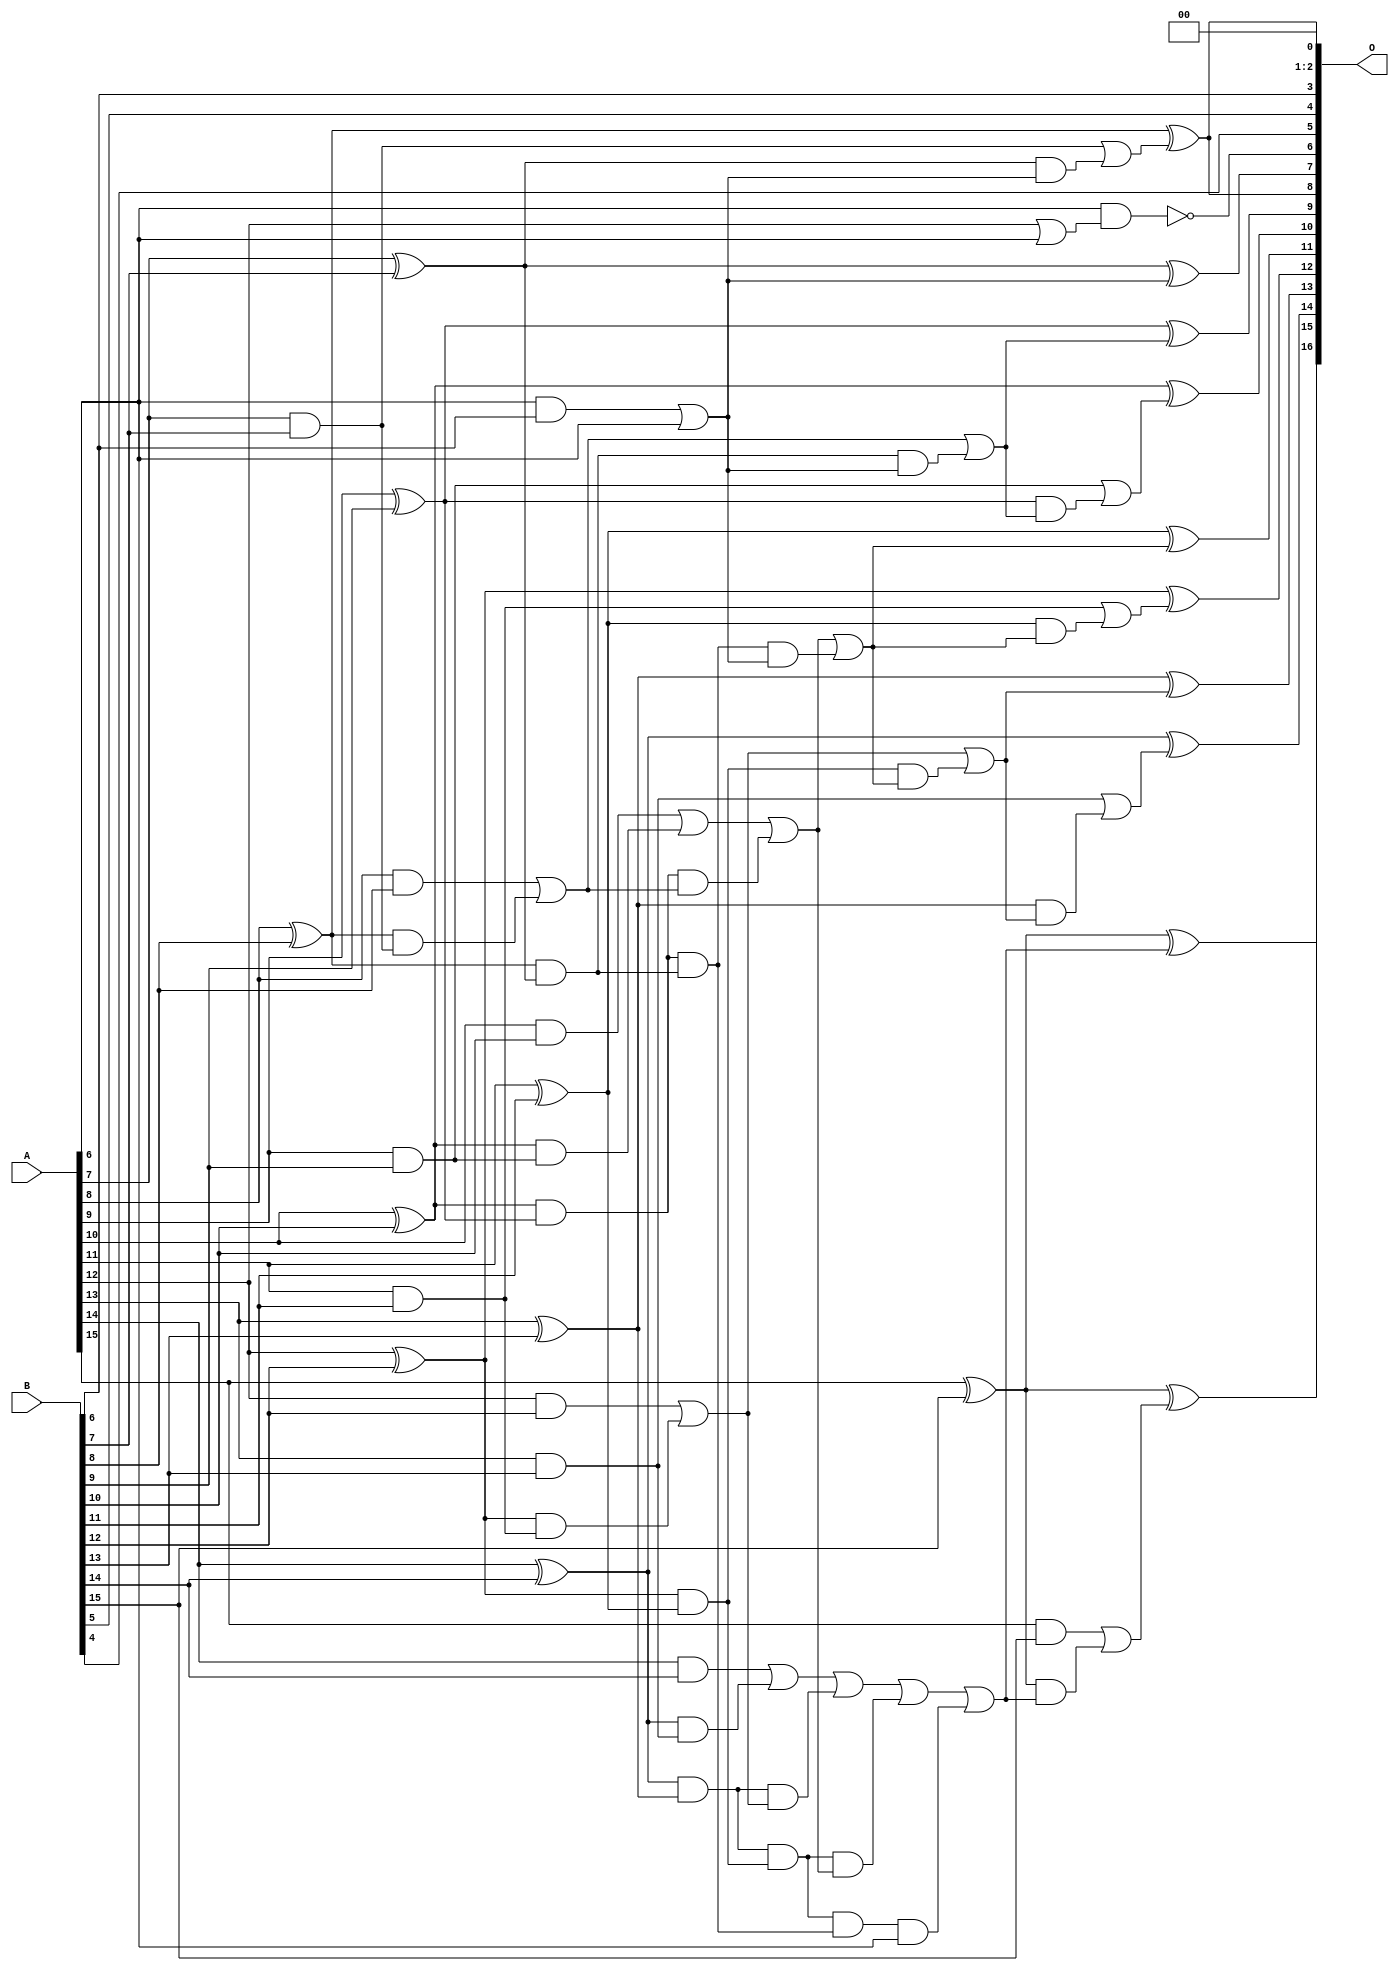
/***
* This code is a part of EvoApproxLib library (ehw.fit.vutbr.cz/approxlib) distributed under The MIT License.
* When used, please cite the following article(s): V. Mrazek, L. Sekanina, Z. Vasicek "Libraries of Approximate Circuits: Automated Design and Application in CNN Accelerators" IEEE Journal on Emerging and Selected Topics in Circuits and Systems, Vol 10, No 4, 2020 
* This file contains a circuit from a sub-set of pareto optimal circuits with respect to the pwr and wce parameters
***/
// MAE% = 0.046 %
// MAE = 30 
// WCE% = 0.13 %
// WCE = 86 
// WCRE% = 6300.00 %
// EP% = 99.02 %
// MRE% = 0.96 %
// MSE = 1281 
// PDK45_PWR = 0.043 mW
// PDK45_AREA = 85.9 um2
// PDK45_DELAY = 0.76 ns

module add16se_2AS (
    A,
    B,
    O
);

input [15:0] A;
input [15:0] B;
output [16:0] O;

wire sig_44,sig_46,sig_47,sig_48,sig_49,sig_50,sig_51,sig_52,sig_53,sig_54,sig_55,sig_56,sig_57,sig_58,sig_59,sig_60,sig_61,sig_62,sig_63,sig_64;
wire sig_74,sig_75,sig_76,sig_77,sig_78,sig_79,sig_80,sig_81,sig_82,sig_83,sig_84,sig_85,sig_90,sig_91,sig_92,sig_93,sig_94,sig_95,sig_96,sig_99;
wire sig_100,sig_101,sig_102,sig_103,sig_104,sig_105,sig_108,sig_109,sig_110,sig_111,sig_117,sig_118,sig_119,sig_120,sig_121,sig_122,sig_123,sig_124,sig_125,sig_126;
wire sig_127,sig_133,sig_134,sig_135,sig_136,sig_137,sig_138,sig_139,sig_140,sig_141,sig_142,sig_143;

assign sig_44 = A[6] & B[6];
assign sig_46 = A[7] & B[7];
assign sig_47 = A[7] ^ B[7];
assign sig_48 = A[8] & B[8];
assign sig_49 = A[8] ^ B[8];
assign sig_50 = A[9] & B[9];
assign sig_51 = A[9] ^ B[9];
assign sig_52 = A[10] & B[10];
assign sig_53 = A[10] ^ B[10];
assign sig_54 = A[11] & B[11];
assign sig_55 = A[11] ^ B[11];
assign sig_56 = A[12] & B[12];
assign sig_57 = A[12] ^ B[12];
assign sig_58 = A[13] & B[13];
assign sig_59 = A[13] ^ B[13];
assign sig_60 = A[14] & B[14];
assign sig_61 = A[14] ^ B[14];
assign sig_62 = A[15] & B[15];
assign sig_63 = A[15] ^ B[15];
assign sig_64 = A[15] ^ B[15];
assign sig_74 = sig_49 & sig_46;
assign sig_75 = sig_49 & sig_47;
assign sig_76 = sig_48 | sig_74;
assign sig_77 = sig_53 & sig_50;
assign sig_78 = sig_53 & sig_51;
assign sig_79 = sig_52 | sig_77;
assign sig_80 = sig_57 & sig_54;
assign sig_81 = sig_57 & sig_55;
assign sig_82 = sig_56 | sig_80;
assign sig_83 = sig_61 & sig_58;
assign sig_84 = sig_61 & sig_59;
assign sig_85 = sig_60 | sig_83;
assign sig_90 = sig_44 | A[6];
assign sig_91 = sig_78 & sig_76;
assign sig_92 = sig_78 & sig_75;
assign sig_93 = sig_79 | sig_91;
assign sig_94 = sig_84 & sig_82;
assign sig_95 = sig_84 & sig_81;
assign sig_96 = sig_85 | sig_94;
assign sig_99 = sig_95 & sig_93;
assign sig_100 = sig_95 & sig_92;
assign sig_101 = sig_96 | sig_99;
assign sig_102 = sig_100 & A[6];
assign sig_103 = sig_101 | sig_102;
assign sig_104 = sig_92 & sig_90;
assign sig_105 = sig_93 | sig_104;
assign sig_108 = sig_75 & sig_90;
assign sig_109 = sig_76 | sig_108;
assign sig_110 = sig_81 & sig_105;
assign sig_111 = sig_82 | sig_110;
assign sig_117 = A[12] | A[6];
assign sig_118 = sig_47 & sig_90;
assign sig_119 = sig_46 | sig_118;
assign sig_120 = sig_51 & sig_109;
assign sig_121 = sig_50 | sig_120;
assign sig_122 = sig_55 & sig_105;
assign sig_123 = sig_54 | sig_122;
assign sig_124 = sig_59 & sig_111;
assign sig_125 = sig_58 | sig_124;
assign sig_126 = sig_63 & sig_103;
assign sig_127 = sig_62 | sig_126;
assign sig_133 = ~(A[6] & sig_117);
assign sig_134 = sig_47 ^ sig_90;
assign sig_135 = sig_49 ^ sig_119;
assign sig_136 = sig_51 ^ sig_109;
assign sig_137 = sig_53 ^ sig_121;
assign sig_138 = sig_55 ^ sig_105;
assign sig_139 = sig_57 ^ sig_123;
assign sig_140 = sig_59 ^ sig_111;
assign sig_141 = sig_61 ^ sig_125;
assign sig_142 = sig_63 ^ sig_103;
assign sig_143 = sig_64 ^ sig_127;

assign O[16] = sig_143;
assign O[15] = sig_142;
assign O[14] = sig_141;
assign O[13] = sig_140;
assign O[12] = sig_139;
assign O[11] = sig_138;
assign O[10] = sig_137;
assign O[9] = sig_136;
assign O[8] = sig_135;
assign O[7] = sig_134;
assign O[6] = sig_133;
assign O[5] = B[4];
assign O[4] = B[5];
assign O[3] = B[6];
assign O[2] = 1'b0;
assign O[1] = 1'b0;
assign O[0] = sig_135;

endmodule